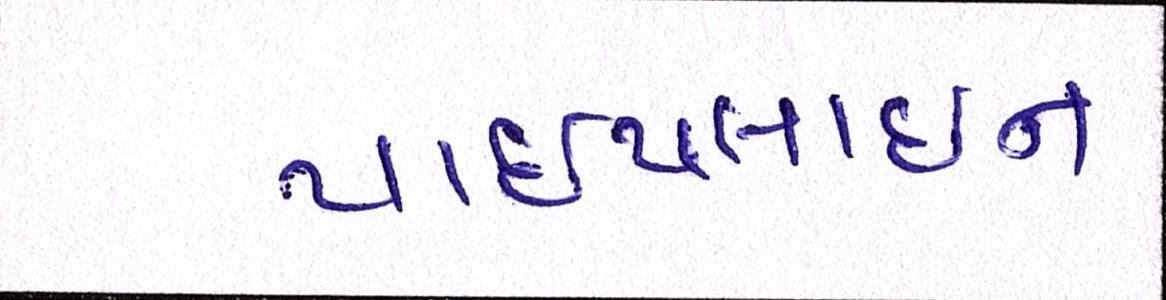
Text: પાઈપલાઈન